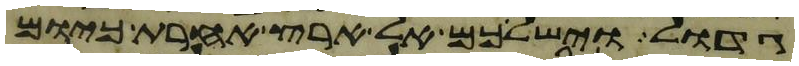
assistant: גדול וישלכם אל ארץ אחרת כיום